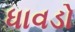
ધાવડો